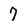
Character: 7